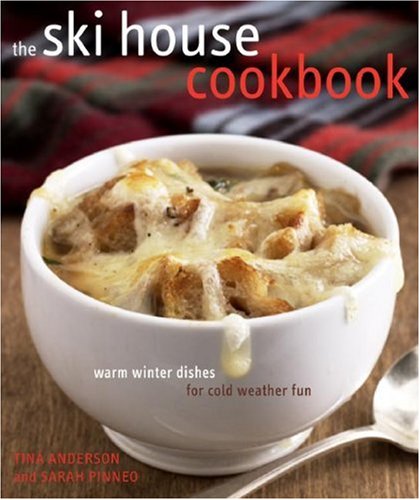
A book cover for The Ski House Cookbook: Warm Winter Dishes for Cold Weather Fun; Tina Anderson; Cookbooks, Food & Wine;